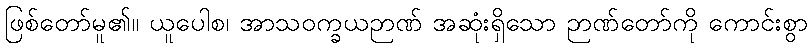
ဖြစ်တော်မူ၏။ ယူပေါစ၊ အာသဝက္ခယဉာဏ် အဆုံးရှိသော ဉာဏ်တော်ကို ကောင်းစွာ